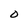
Character: O